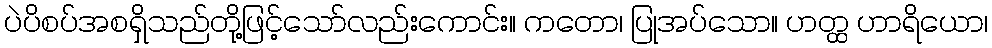
ပဲပိစပ်အစရှိသည်တို့ဖြင့်သော်လည်းကောင်း။ ကတော၊ ပြုအပ်သော။ ဟတ္ထ ဟာရိယော၊